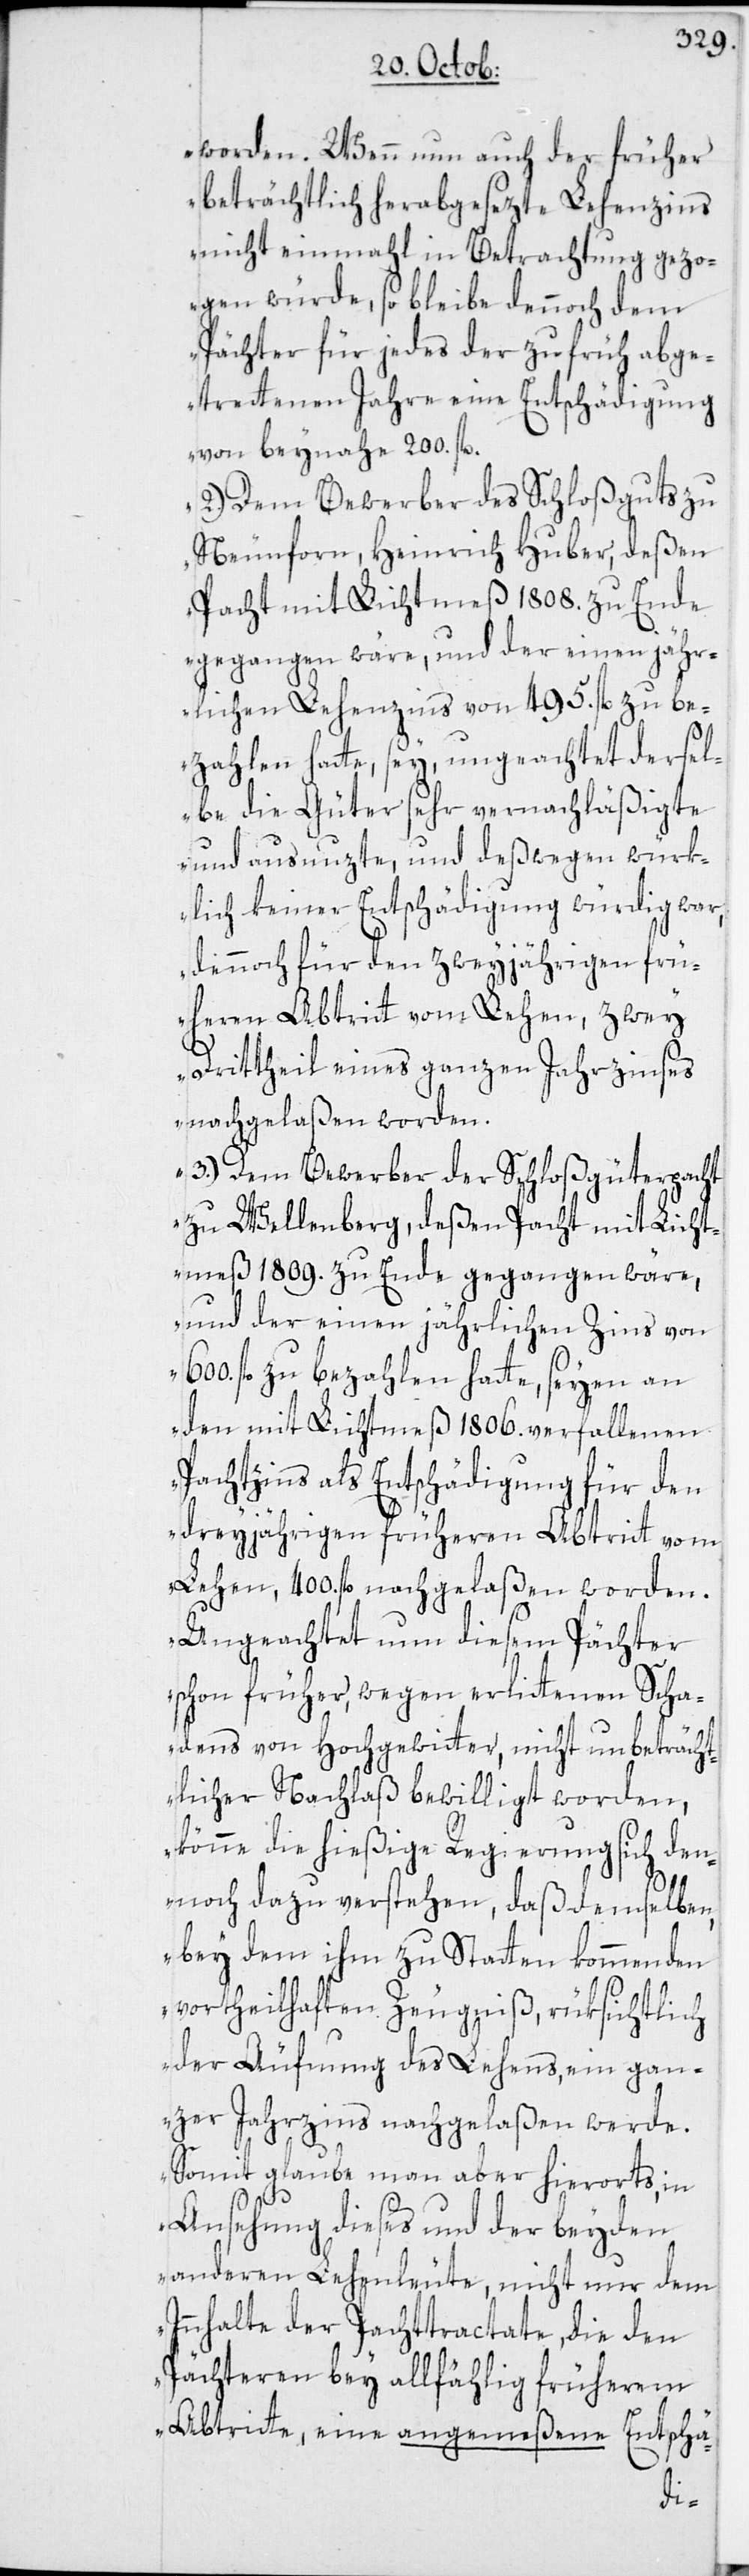
worden. Wenn nun auch der früher
beträchtlich herabgesezte Lehenzins
nicht einmahl in Betrachtung gezo¬
gen würde, so bleibe dennoch dem
Pächter für jedes der zu früh abge¬
trettenen Jahre eine Entschädigung
von beynahe 200. fl.
2.) Dem Bewerber des Schloßguts zu
Neunforn, Heinrich Huber, deßen
Pacht mit Lichtmeß 1808. zu Ende
gegangen wäre, und der einen jähr¬
lichen Lehenzins von 495. fl. zu be¬
zahlen hatte, sey, ungeachtet dersel¬
be die Güter sehr vernachläßigte
und ausnuzte, und deßwegen würk¬
lich keiner Entschädigung würdig war,
dennoch für den zweyjährigen frü¬
heren Abtritt vom Lehen, zwey
Drittheil eines ganzen Jahrzinses
nachgelaßen worden.
3.) Dem Bewerber der Schloßgüterpacht
zu Wellenberg, deßen Pacht mit Licht¬
meß 1809. zu Ende gegangen wäre,
und der einen jährlichen Zins von
fl. zu bezahlen hatte, seyen an
den mit Lichtmeß 1806. verfallenen
Pachtzins als Entschädigung für den
dreyjährigen früheren Abtritt vom
Lehen, 400 fl. nachgelaßen worden.
Ungeachtet nun diesem Pächter
schon früher, wegen erlittenen Scha¬
dens von Hochgewitter, nicht unbeträcht¬
licher Nachlaß bewilligt worden,
könne die hießige Regierung sich den¬
noch dazu verstehen, daß demselben,
bey dem ihm zu Statten kommenden
vortheilhaften Zeugniß, rüksichtlich
der Äufnung des Lehens, ein gan¬
zer Jahrzins nachgelaßen werde.
Somit glaube man aber hierorts, in
Ansehung dieses und der beyden
anderen Lehenleute, nicht nur dem
Innhalte der Pachttractate, die den
Pächteren bey allfählig früherem
Abtritte, eine angemeßene Entschä-